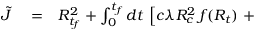
\begin{array} { r l r } { \tilde { J } } & { { } = } & { R _ { t _ { f } } ^ { 2 } + \int _ { 0 } ^ { t _ { f } } d t \, \left[ c \lambda R _ { c } ^ { 2 } \, f ( R _ { t } ) \right. + } \end{array}